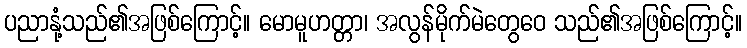
ပညာနုံ့သည်၏အဖြစ်ကြောင့်။ မောမူဟတ္တာ၊ အလွန်မိုက်မဲတွေဝေ သည်၏အဖြစ်ကြောင့်။